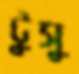
টুসু